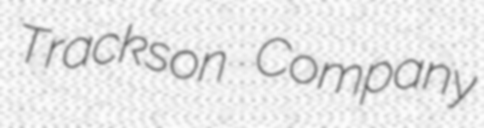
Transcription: Trackson Company